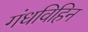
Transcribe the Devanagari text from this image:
गंधविहिन